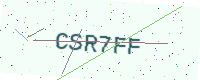
Text: CSR7FF